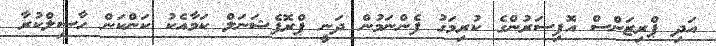
އަދި ޕްރިޒަންސް އޮފިސަރުންގެ ކުރިމަގު ފެންނަމުން ދަނީ ޕްރޮފެޝަނަލް ކަމާއެކު ކަންކަން ހާސިލްކުރާ